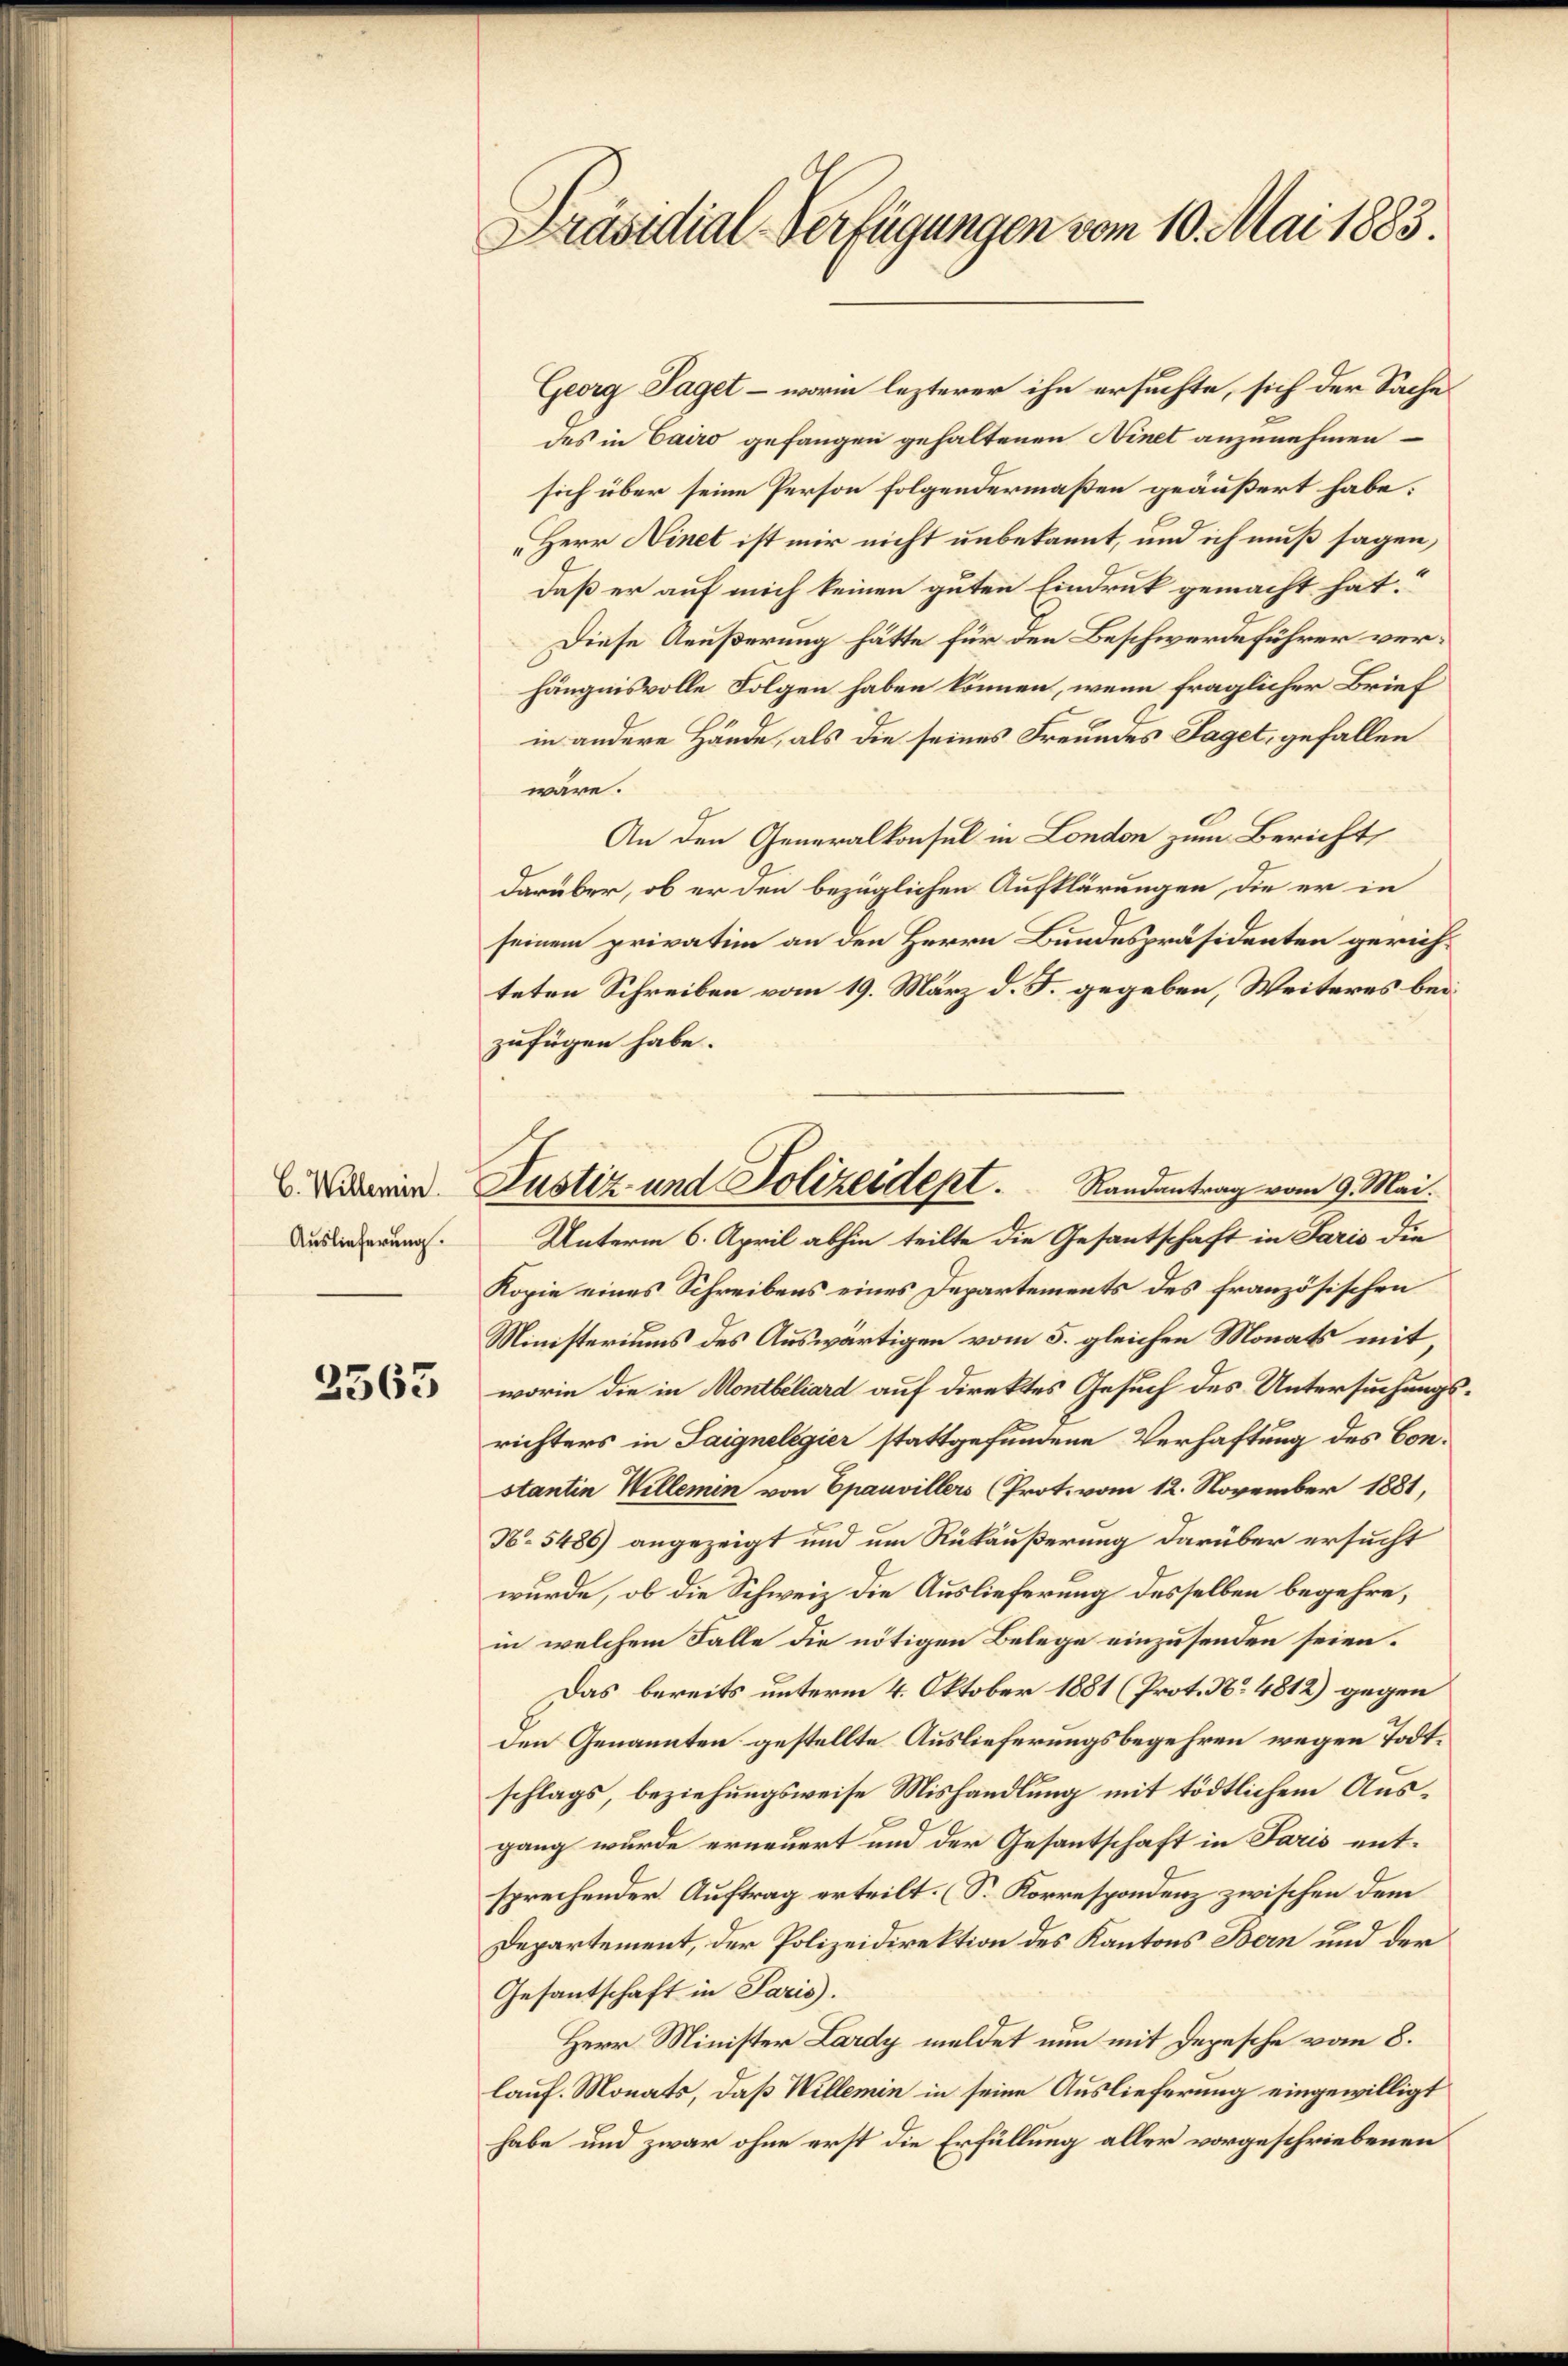
C. Willemin.
Auslieferung.

2565

Präsidial-Verfügungen vom 10. Mai 1883.

Georg Taget – worin lezterer ihn ersuchte, sich der Sache
des in Cairo gefangen gehaltenen Ninet anzunehmen –
sich über seine Person folgendermaßen geäußert habe.
Herr Binet ist mir nicht unbekannt, und ich muß sagen,
daß er auf mich keinen guten Eindruck gemacht hat.
Diese Aeußerung hätte für den Beschwerdeführer verhängnisvolle Folgen haben können, wenn fraglicher Brief
in andere Hände, als die seines Freundes Saget, gefallen
wäre.
An den Generalkonsul in London zum Bericht
darüber, ob er den bezüglichen Aufklärungen, die er in
seinem privatim an den Herrn Bundespräsidenten gerichteten Schreiben vom 19. März d. J. gegeben, Weiteres bei
zufügen habe.
Kopie eines Schreibens eines Departements des französischen
Ministeriums des Auswärtigen vom 5. gleichen Monats mit
worin die in Montbiliard auf direktes Gesuch des Untersuchungsrichters in Saignelegier stattgefundene Verhaftung des Constantin Willemin von Epauvillers (Prot. vom 12. November 1881,
N. 5486) angezeigt und um Rükäußerung darüber ersucht
wurde, ob die Schweiz die Auslieferung desselben begehre,
in welchem Falle die nötigen Belege einzusenden seien.
Das bereits unterm 4. Oktober 1881 (Prot. No 4812) gegen
den Genannten gestellte Auslieferungsbegehren wegen Todtschlags, beziehungsweise Mishandlung mit tödtlichem Ausgang wurde erneuert und der Gesantschaft in Paris entsprechender Auftrag erteilt. (S. Korrespondenz zwischen dem
Departement, der Polizeidirektion des Kantons Bern und der
Gesantschaft in Paris.
Herr Minister Lardy meldet nun mit Depesche vom 8.
lauf. Monats, daß Willemin in seine Auslieferung eingewilligt
habe und zwar ohne erst die Erfüllung aller vorgeschriebenen

Justiz- und Polizeidept. Randantrag vom 9. Mai.
Unterm 6. April abhin teilte die Gesantschaft in Paris die